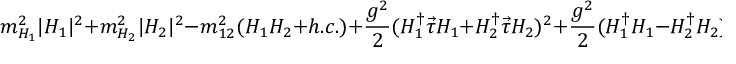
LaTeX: m _ { H _ { 1 } } ^ { 2 } | H _ { 1 } | ^ { 2 } + m _ { H _ { 2 } } ^ { 2 } | H _ { 2 } | ^ { 2 } - m _ { 1 2 } ^ { 2 } ( H _ { 1 } H _ { 2 } + h . c . ) + \frac { g ^ { 2 } } { 2 } ( H _ { 1 } ^ { \dagger } \vec { \tau } H _ { 1 } + H _ { 2 } ^ { \dagger } \vec { \tau } H _ { 2 } ) ^ { 2 } + \frac { g ^ { 2 } } { 2 } ( H _ { 1 } ^ { \dagger } H _ { 1 } - H _ { 2 } ^ { \dagger } H _ { 2 } ) ^ { 2 }